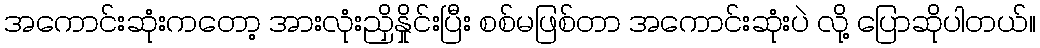
အကောင်းဆုံးကတော့ အားလုံးညှိနှိုင်းပြီး စစ်မဖြစ်တာ အကောင်းဆုံးပဲ လို့ ပြောဆိုပါတယ်။